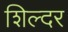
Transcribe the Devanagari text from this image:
शिल्दर